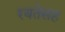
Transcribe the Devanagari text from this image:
रयतेसह